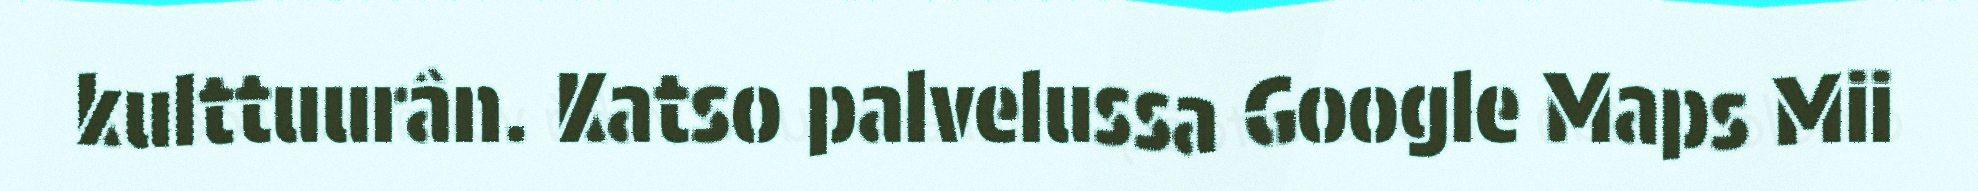
kulttuurân. Katso palvelussa Google Maps Mii